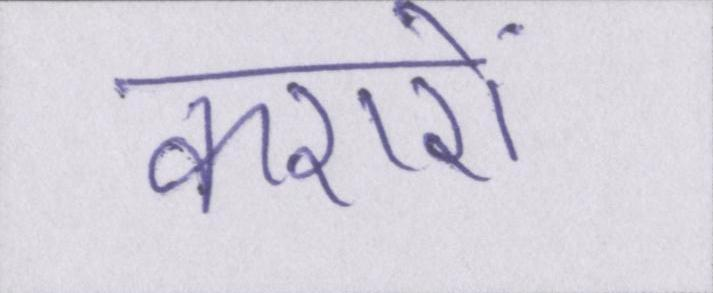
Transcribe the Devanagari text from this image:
करारों